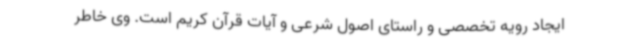
ایجاد رویه تخصصی و راستای اصول شرعی و آیات قرآن کریم است. وی خاطر